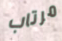
مرتاب